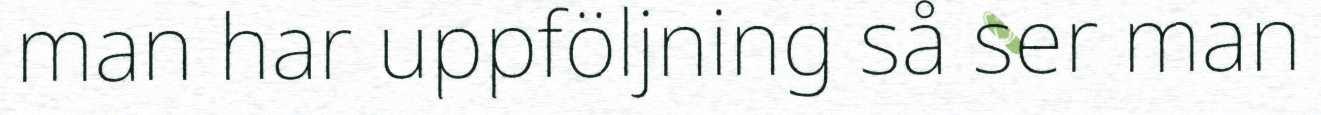
man har uppföljning så ser man